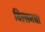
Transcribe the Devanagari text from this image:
विल्सनचा